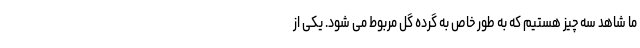
ما شاهد سه چیز هستیم که به طور خاص به گرده گل مربوط می شود. یکی از